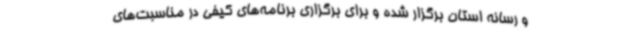
و رسانه استان برگزار شده و برای برگزاری برنامه‌های کیفی در مناسبت‌های